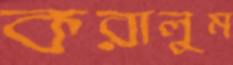
করালুম